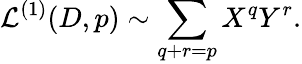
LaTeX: {\cal L}^{(1)}(D,p)\sim\sum_{q+r=p}X^{q}Y^{r}.